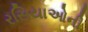
રસિયાઓની